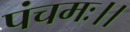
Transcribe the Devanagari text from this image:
पंचमः।।